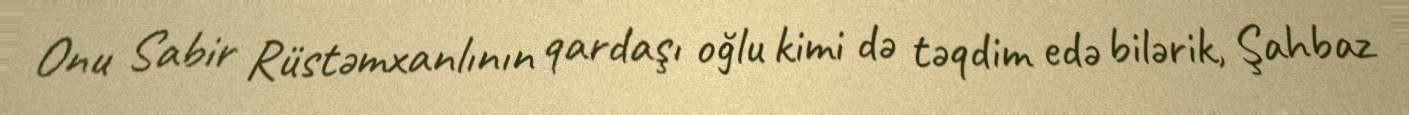
Onu Sabir Rüstəmxanlının qardaşı oğlu kimi də təqdim edə bilərik, Şahbaz